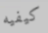
كيفيه